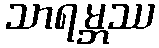
သာရမ္ဘဿ